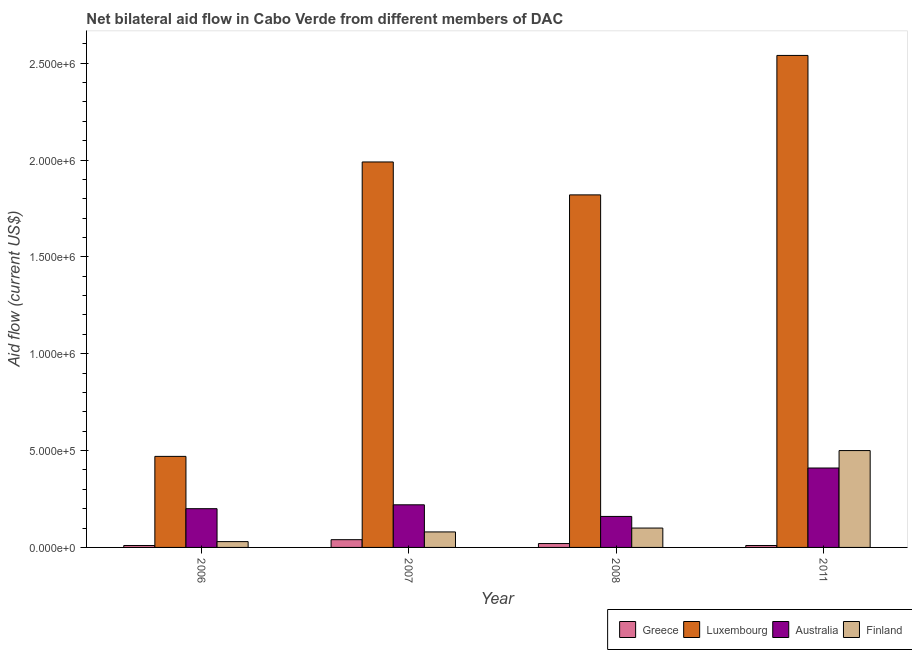
| Year | Greece | Luxembourg | Australia | Finland |
 | --- | --- | --- | --- | --- |
 | 2006 | 1e+04 | 4.7e+05 | 2e+05 | 3e+04 |
 | 2007 | 4e+04 | 1.99e+06 | 2.2e+05 | 8e+04 |
 | 2008 | 2e+04 | 1.82e+06 | 1.6e+05 | 1e+05 |
 | 2011 | 1e+04 | 2.54e+06 | 4.1e+05 | 5e+05 |